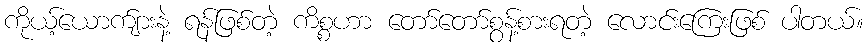
ကိုယ့်ယောက်ျားနဲ့ ရန်ဖြစ်တဲ့ ကိစ္စဟာ တော်တော်စွန့်စားရတဲ့ လောင်းကြေးဖြစ် ပါတယ်။